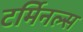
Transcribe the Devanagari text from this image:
टर्मिनल्‍स